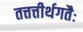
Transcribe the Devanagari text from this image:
तत्तत्तीर्थगतैः